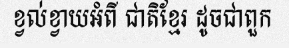
ខ្វល់ខ្វាយអំពី ជាតិខ្មែរ ដូចជាពួក